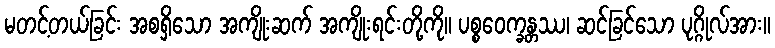
မတင့်တယ်ခြင်း အစရှိသော အကျိုးဆက် အကျိုးရင်းတို့ကို။ ပစ္စဝေက္ခန္တဿ၊ ဆင်ခြင်သော ပုဂ္ဂိုလ်အား။